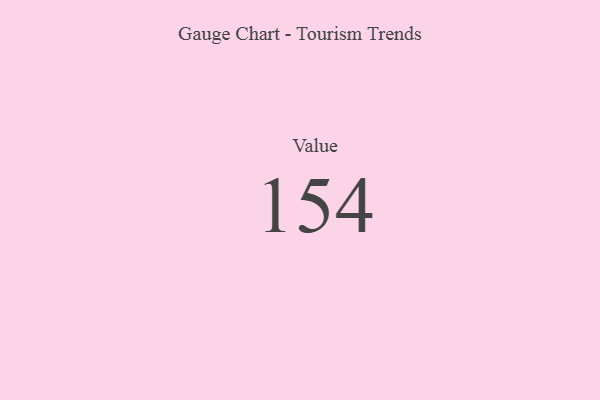
{"axis": {"x": "Metric", "y": "Value"}, "legend": [""], "data": [{"x": "Value", "y": 154, "type": ""}]}